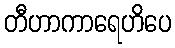
တီဟာကာရေဟိပေ